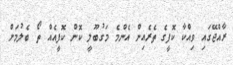
ރާއްޖޭގައި ވިއްކާ ކޮފީގެ ތެރެއިން އެންމެ މަގުބޫލީ ކޮން ކޮފީއެއް ތޯ ބެލުމަށް